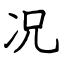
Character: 况